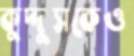
কুদ্দুসকেও